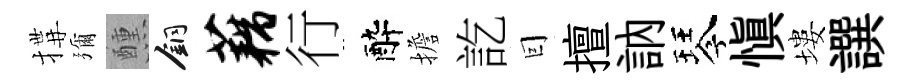
搆彌醺銅藕行醉擔訖囙擅訥琴愼塿譔